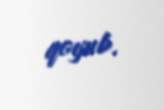
qoyub.